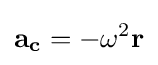
\mathbf {a_{c}} =-\omega ^{2}\mathbf {r}